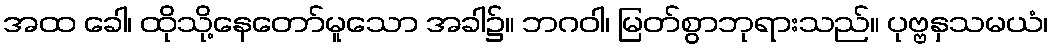
အထ ခေါ၊ ထိုသို့နေတော်မူသော အခါ၌။ ဘဂဝါ၊ မြတ်စွာဘုရားသည်။ ပုဗ္ဗနှသမယံ၊